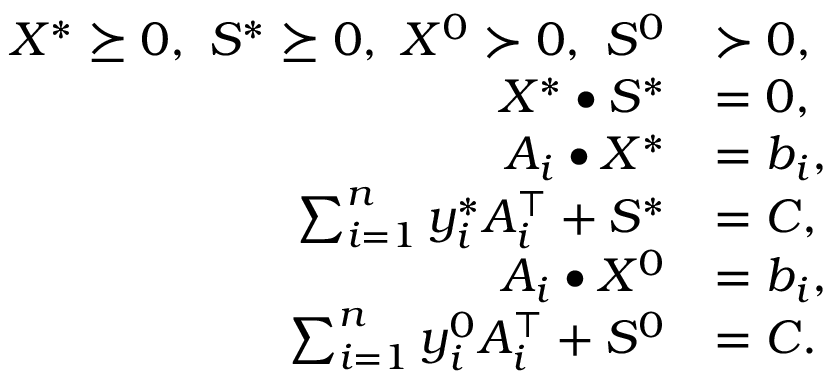
\begin{array} { r l } { X ^ { * } \succeq 0 , ~ S ^ { * } \succeq 0 , ~ X ^ { 0 } \succ 0 , ~ S ^ { 0 } } & { \succ 0 , } \\ { X ^ { * } \bullet S ^ { * } } & { = 0 , } \\ { A _ { i } \bullet X ^ { * } } & { = b _ { i } , } \\ { \sum _ { i = 1 } ^ { n } y _ { i } ^ { * } A _ { i } ^ { \top } + S ^ { * } } & { = C , } \\ { A _ { i } \bullet X ^ { 0 } } & { = b _ { i } , } \\ { \sum _ { i = 1 } ^ { n } y _ { i } ^ { 0 } A _ { i } ^ { \top } + S ^ { 0 } } & { = C . } \end{array}